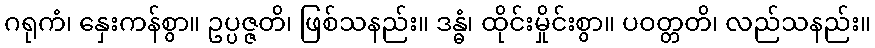
ဂရုကံ၊ နှေးကန်စွာ။ ဥပ္ပဇ္ဇတိ၊ ဖြစ်သနည်း။ ဒန္ဓံ၊ ထိုင်းမှိုင်းစွာ။ ပဝတ္တတိ၊ လည်သနည်း။